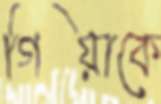
গিয়াকে